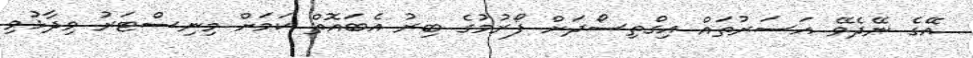
އޭގެ ނޭދެވޭ އަސަރުތައް އިގްތިސޯދަށް ފޯރުމުގެ ބިރު އެބައޮތް ކަމަށް މިނިސްޓަރު ވިދާޅުވި